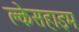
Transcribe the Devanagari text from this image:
क्लेसहाइम